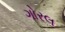
ગોરલ